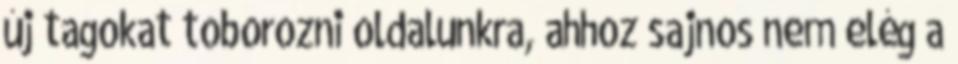
új tagokat toborozni oldalunkra, ahhoz sajnos nem elég a